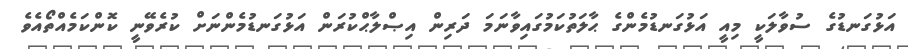
އަޅުގަނޑުގެ ސުވާލަކީ މިއީ އަޅުގަނޑުމެންގެ ޙާލަތުކަމުގައިވާނަމަ ދަރިން އިޞްލާޙްކުރަން އަޅުގަނޑުމެންނަށް ކުރެވޭނީ ކޮންކަމެއްތޯއެވެ